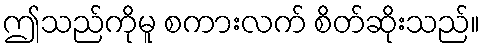
ဤသည်ကိုမူ စကားလက် စိတ်ဆိုးသည်။